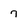
Character: 7